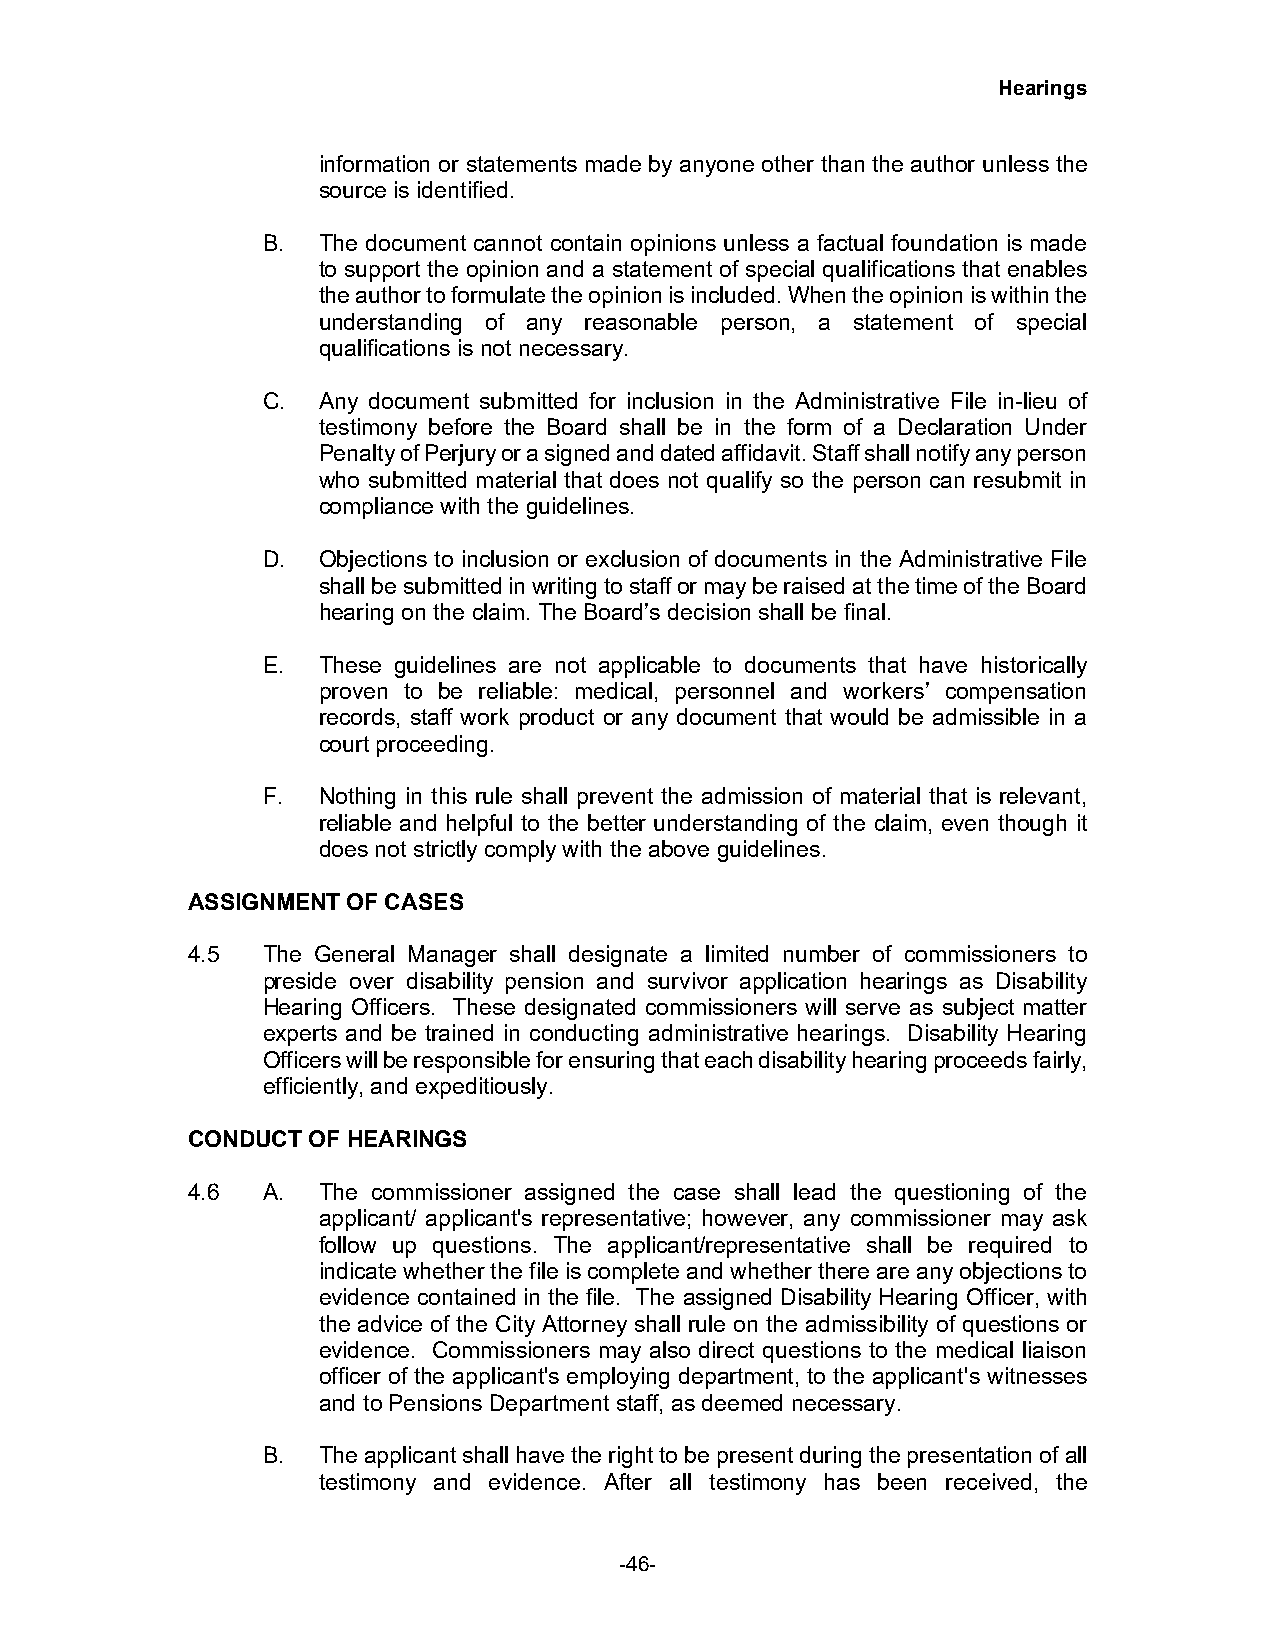
Hearings
 information or statements made by anyone other than the author unless the
 source is identified.
 B.  The document cannot contain opinions unless a factual foundation is made
 to support the opinion and a statement of special qualifications that enables
 the author to formulate the opinion is included. When the opinion is within the
 understanding of any reasonable person, a statement of special
 qualifications is not necessary.
 C.  Any document submitted for inclusion in the Administrative File in-lieu of
 testimony before the Board shall be in the form of a Declaration Under
 Penalty of Perjury or a signed and dated affidavit. Staff shall notify any person
 who submitted material that does not qualify so the person can resubmit in
 compliance with the guidelines.
 D.  Objections to inclusion or exclusion of documents in the Administrative File
 shall be submitted in writing to staff or may be raised at the time of the Board
 hearing on the claim. The Board’s decision shall be final.
 E.  These guidelines are not applicable to documents that have historically
 proven to be reliable: medical, personnel and workers’ compensation
 records, staff work product or any document that would be admissible in a
 court proceeding.
 F.  Nothing in this rule shall prevent the admission of material that is relevant,
 reliable and helpful to the better understanding of the claim, even though it
 does not strictly comply with the above guidelines.
 ASSIGNMENT OF CASES
 4.5  The General Manager shall designate a limited number of commissioners to
 preside over disability pension and survivor application hearings as Disability
 Hearing Officers. These designated commissioners will serve as subject matter
 experts and be trained in conducting administrative hearings. Disability Hearing
 Officers will be responsible for ensuring that each disability hearing proceeds fairly,
 efficiently, and expeditiously.
 CONDUCT OF HEARINGS
 4.6  A.  The commissioner assigned the case shall lead the questioning of the
 applicant/ applicant's representative; however, any commissioner may ask
 follow up questions. The applicant/representative shall be required to
 indicate whether the file is complete and whether there are any objections to
 evidence contained in the file. The assigned Disability Hearing Officer, with
 the advice of the City Attorney shall rule on the admissibility of questions or
 evidence. Commissioners may also direct questions to the medical liaison
 officer of the applicant's employing department, to the applicant's witnesses
 and to Pensions Department staff, as deemed necessary.
 B.  The applicant shall have the right to be present during the presentation of all
 testimony and evidence. After all testimony has been received, the
 -46-